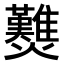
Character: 𤓉